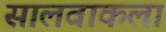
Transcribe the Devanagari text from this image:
सालवाकला